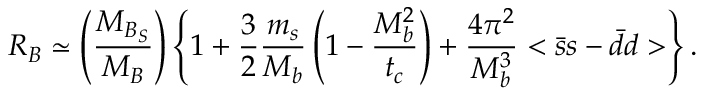
R _ { B } \simeq \left( \frac { M _ { B _ { S } } } { M _ { B } } \right) \left\{ 1 + \frac { 3 } { 2 } \frac { m _ { s } } { M _ { b } } \left( 1 - \frac { M _ { b } ^ { 2 } } { t _ { c } } \right) + \frac { 4 \pi ^ { 2 } } { M _ { b } ^ { 3 } } < \bar { s } s - \bar { d } d > \right\} .